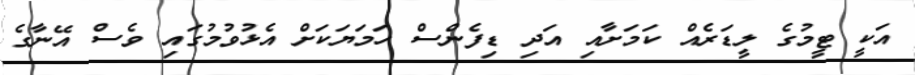
އަކީ ޓީމުގެ ލީޑަރެއް ކަމަށާއި އަދި ޑިފެންސް ހަމަޔަކަށް އެޅުވުމުގައި ވެސް އޭނާގެ